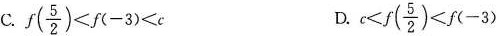
C. $$f( \frac{5}{2})<f(-3)<c$$ D. $$c<f( \frac{5}{2})<f(-3)$$